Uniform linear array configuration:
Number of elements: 8
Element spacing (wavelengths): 0.5
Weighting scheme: kaiser
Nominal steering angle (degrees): -60
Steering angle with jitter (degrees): -59.41
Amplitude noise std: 0.05
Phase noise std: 0.05

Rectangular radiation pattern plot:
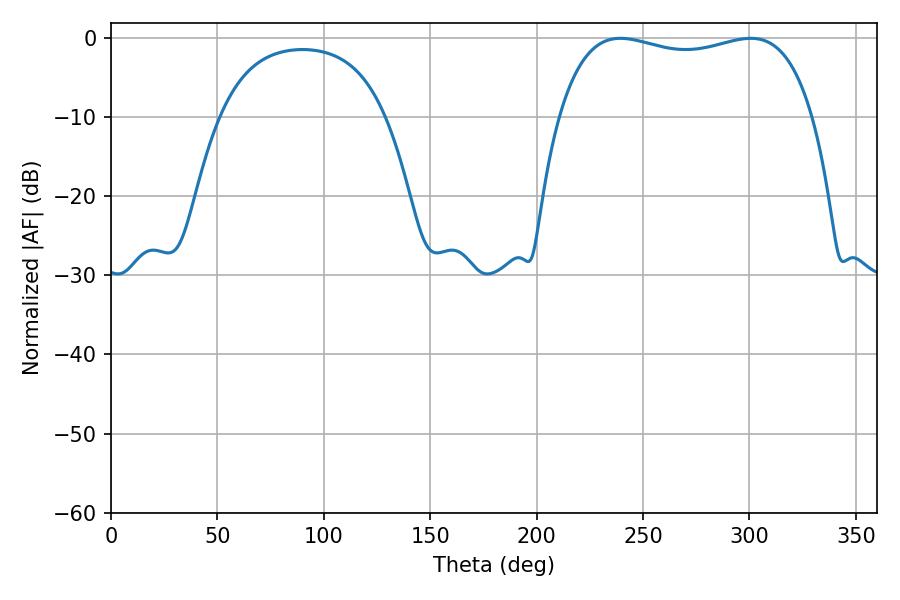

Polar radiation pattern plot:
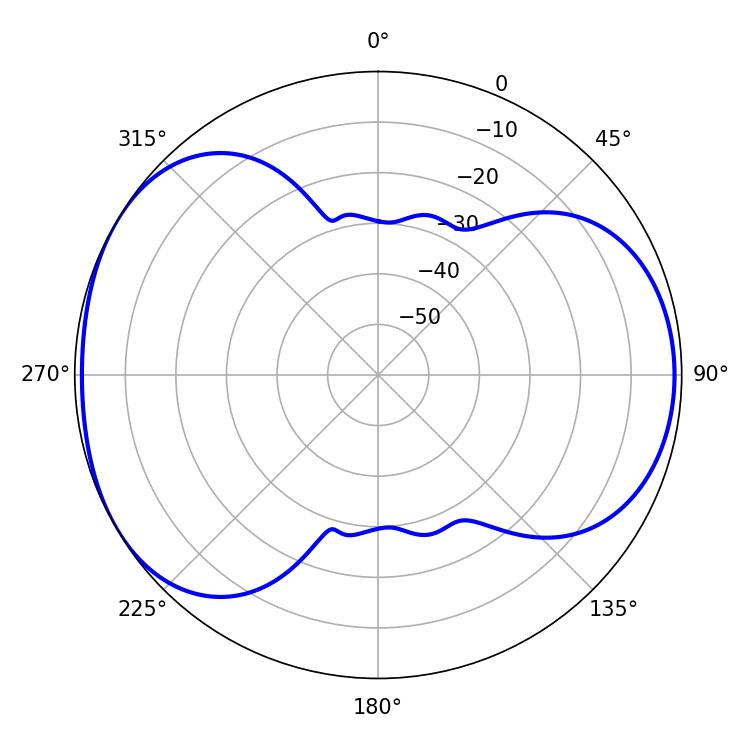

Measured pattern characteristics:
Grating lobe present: FALSE
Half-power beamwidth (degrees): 97.2
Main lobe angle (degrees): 239.4